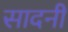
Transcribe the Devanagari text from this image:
सादनी